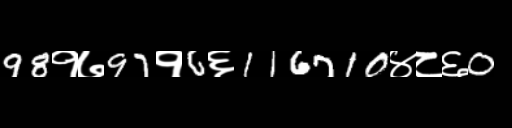
Text: 98१७97१6६116710४८६0